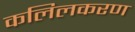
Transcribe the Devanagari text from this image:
कलिलकरण